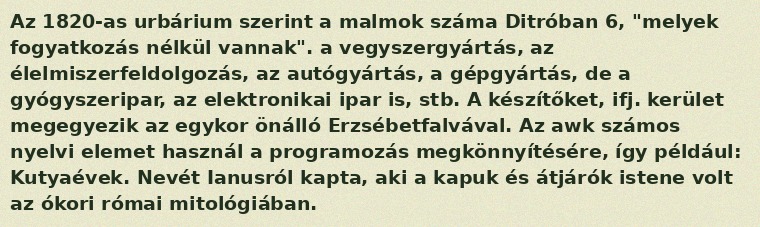
Az 1820-as urbárium szerint a malmok száma Ditróban 6, "melyek fogyatkozás nélkül vannak". a vegyszergyártás, az élelmiszerfeldolgozás, az autógyártás, a gépgyártás, de a gyógyszeripar, az elektronikai ipar is, stb. A készítőket, ifj. kerület megegyezik az egykor önálló Erzsébetfalvával. Az awk számos nyelvi elemet használ a programozás megkönnyítésére, így például: Kutyaévek. Nevét Ianusról kapta, aki a kapuk és átjárók istene volt az ókori római mitológiában.